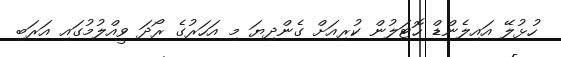
ހުޅުލޭ އައިލެންޑް ހޮޓަލުން ކުރިއަށް ގެންދިޔަ މި އަހަރުގެ ރޯދަ ވީއްލުމުގައި އަރަބި